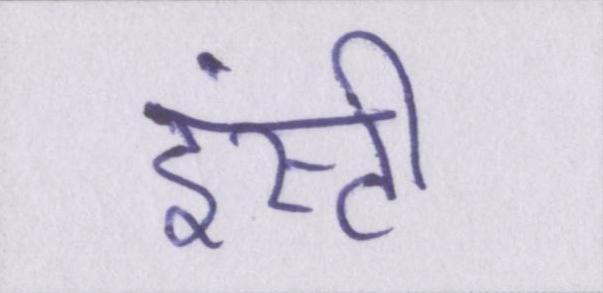
इंस्टी